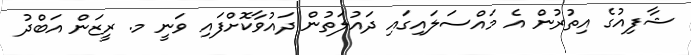
ޝާފިއުގެ އިތުރުން އެ މައްސަލައިގައި ދައުލަތުން ދައުވާކޮށްފައި ވަނީ މ. ރީޒަން އަބްދު